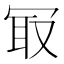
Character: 冣